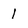
Character: l